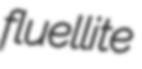
fluellite